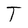
Character: T